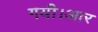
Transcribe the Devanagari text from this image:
गयी।आर